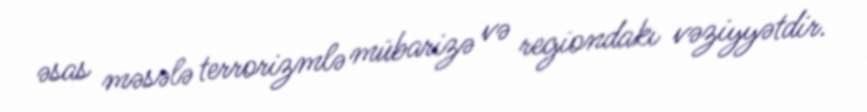
əsas məsələ terrorizmlə mübarizə və regiondakı vəziyyətdir.